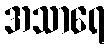
အသာရေ